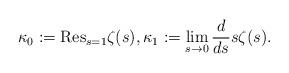
LaTeX: \begin{align*} \kappa_0:=\mathrm{Res}_{s=1} \zeta(s), \kappa_1:=\lim_{s\to 0}\frac{d}{ds} s\zeta(s).\end{align*}